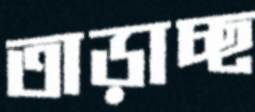
তাড়াচ্ছ